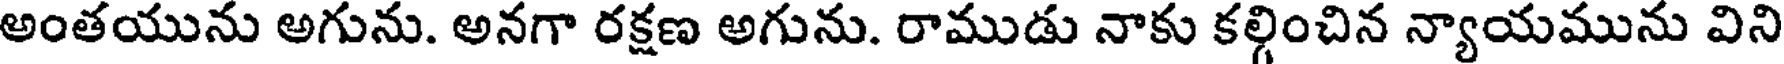
అంతయును అగును. అనగా రక్షణ అగును. రాముడు నాకు కల్గించిన న్యాయమును విని